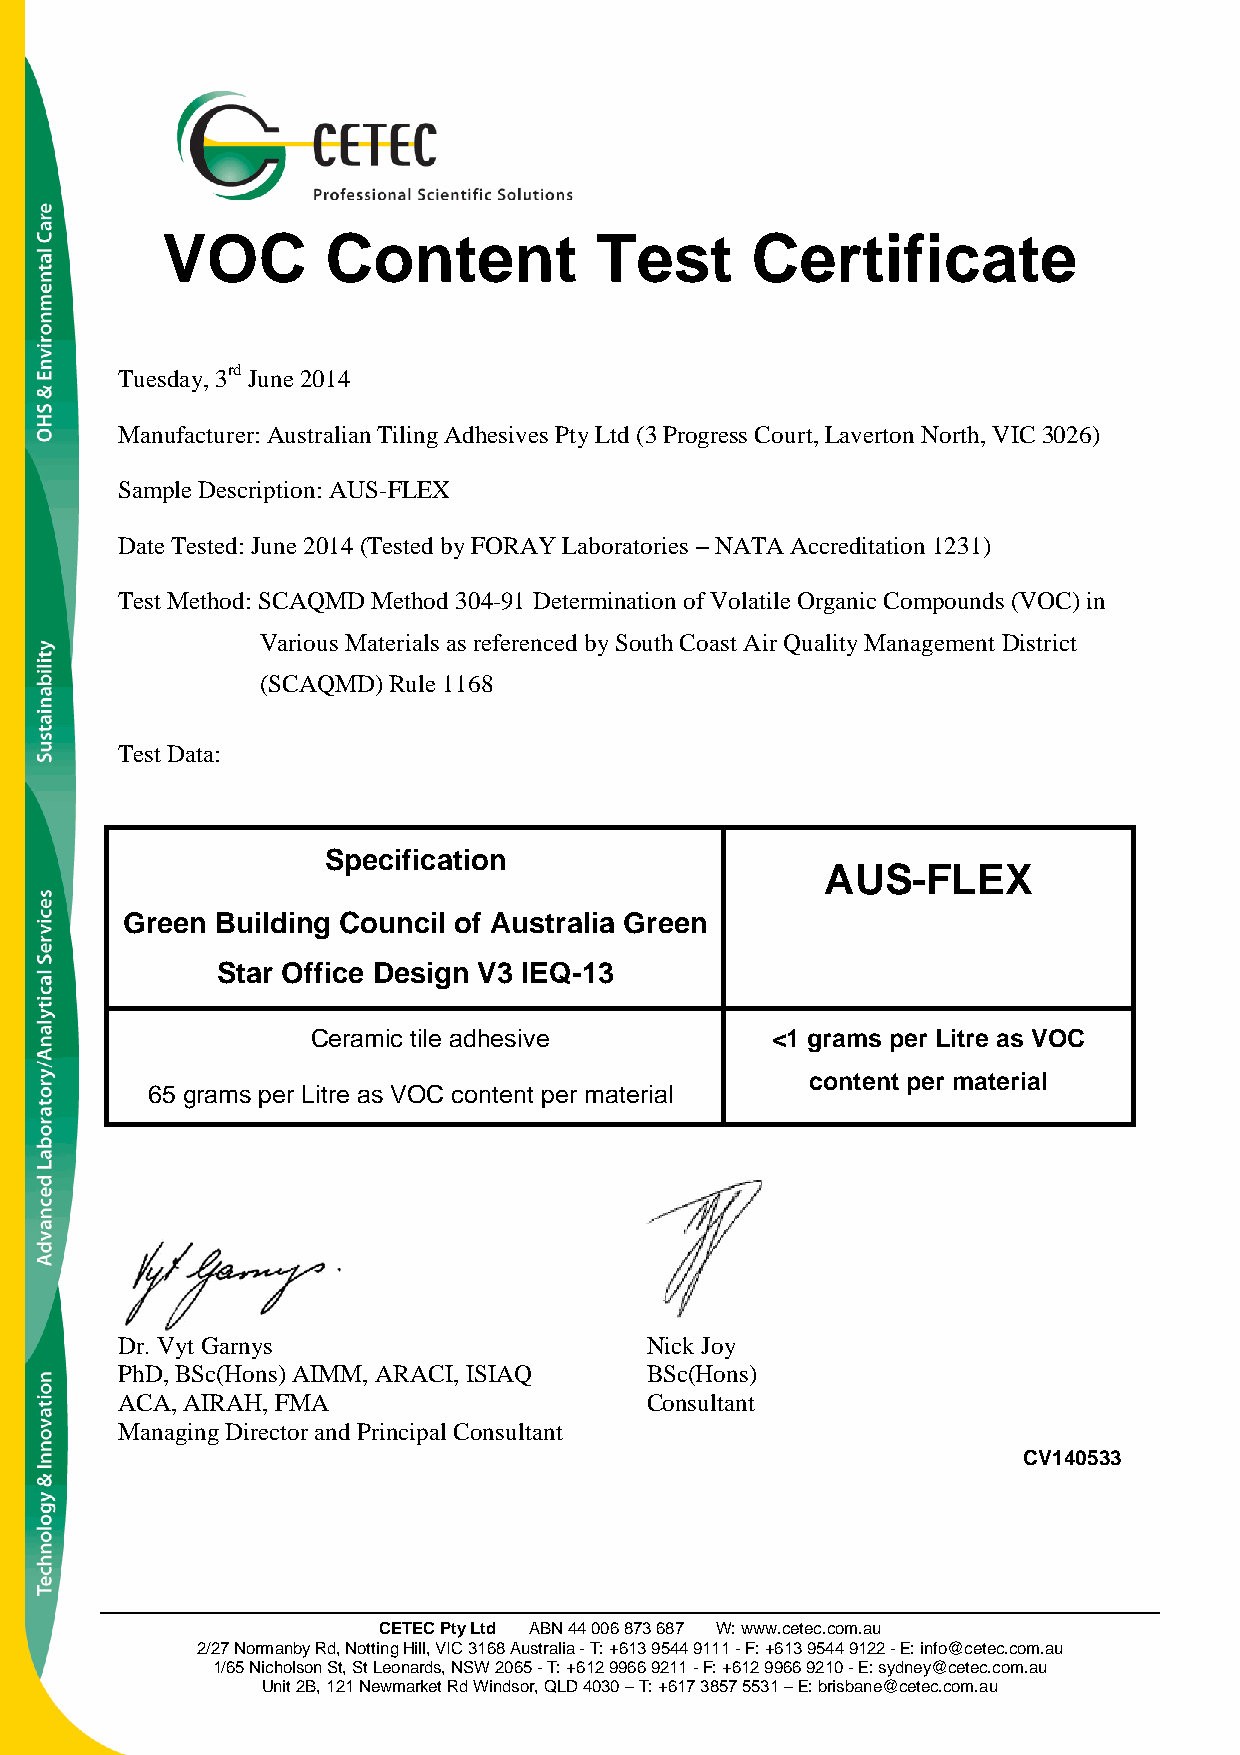
VOC        Content          Test       Certificate
 Tuesday, 3rd June 2014
 Manufacturer: Australian Tiling Adhesives Pty Ltd (3 Progress Court, Laverton North, VIC 3026)
 Sample Description: AUS-FLEX
 Date Tested: June 2014 (Tested by FORAY Laboratories – NATA Accreditation 1231)
 Test Method: SCAQMD Method 304-91 Determination of Volatile Organic Compounds (VOC) in
 Various Materials as referenced by South Coast Air Quality Management District
 (SCAQMD) Rule 1168
 Test Data:
 Specification
 AUS-FLEX
 Green Building Council of Australia Green
 Star Office Design V3 IEQ-13
 Ceramic tile adhesive         <1 grams per Litre as VOC
 content per material
 65 grams per Litre as VOC content per material
 Dr. Vyt Garnys                     Nick Joy
 PhD, BSc(Hons) AIMM, ARACI, ISIAQ  BSc(Hons)
 ACA, AIRAH, FMA                    Consultant
 Managing Director and Principal Consultant
 CV140533
 CETEC Pty Ltd ABN 44 006 873 687 W: www.cetec.com.au
 2/27 Normanby Rd, Notting Hill, VIC 3168 Australia - T: +613 9544 9111 - F: +613 9544 9122 - E: info@cetec.com.au
 1/65 Nicholson St, St Leonards, NSW 2065 - T: +612 9966 9211 - F: +612 9966 9210 - E: sydney@cetec.com.au
 Unit 2B, 121 Newmarket Rd Windsor, QLD 4030 – T: +617 3857 5531 – E: brisbane@cetec.com.au